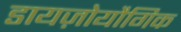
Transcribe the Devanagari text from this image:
डायज़ोयौगिक